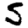
Digit: 5